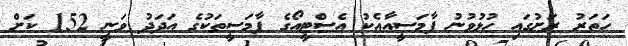
ހަތަރު ރަށުގައި ހުޅުވުނު ފާމަސީއާއެކު އެސްޓީއޯގެ ފާމަސީތަކުގެ އަދަދު ވަނީ 152 ކަށް